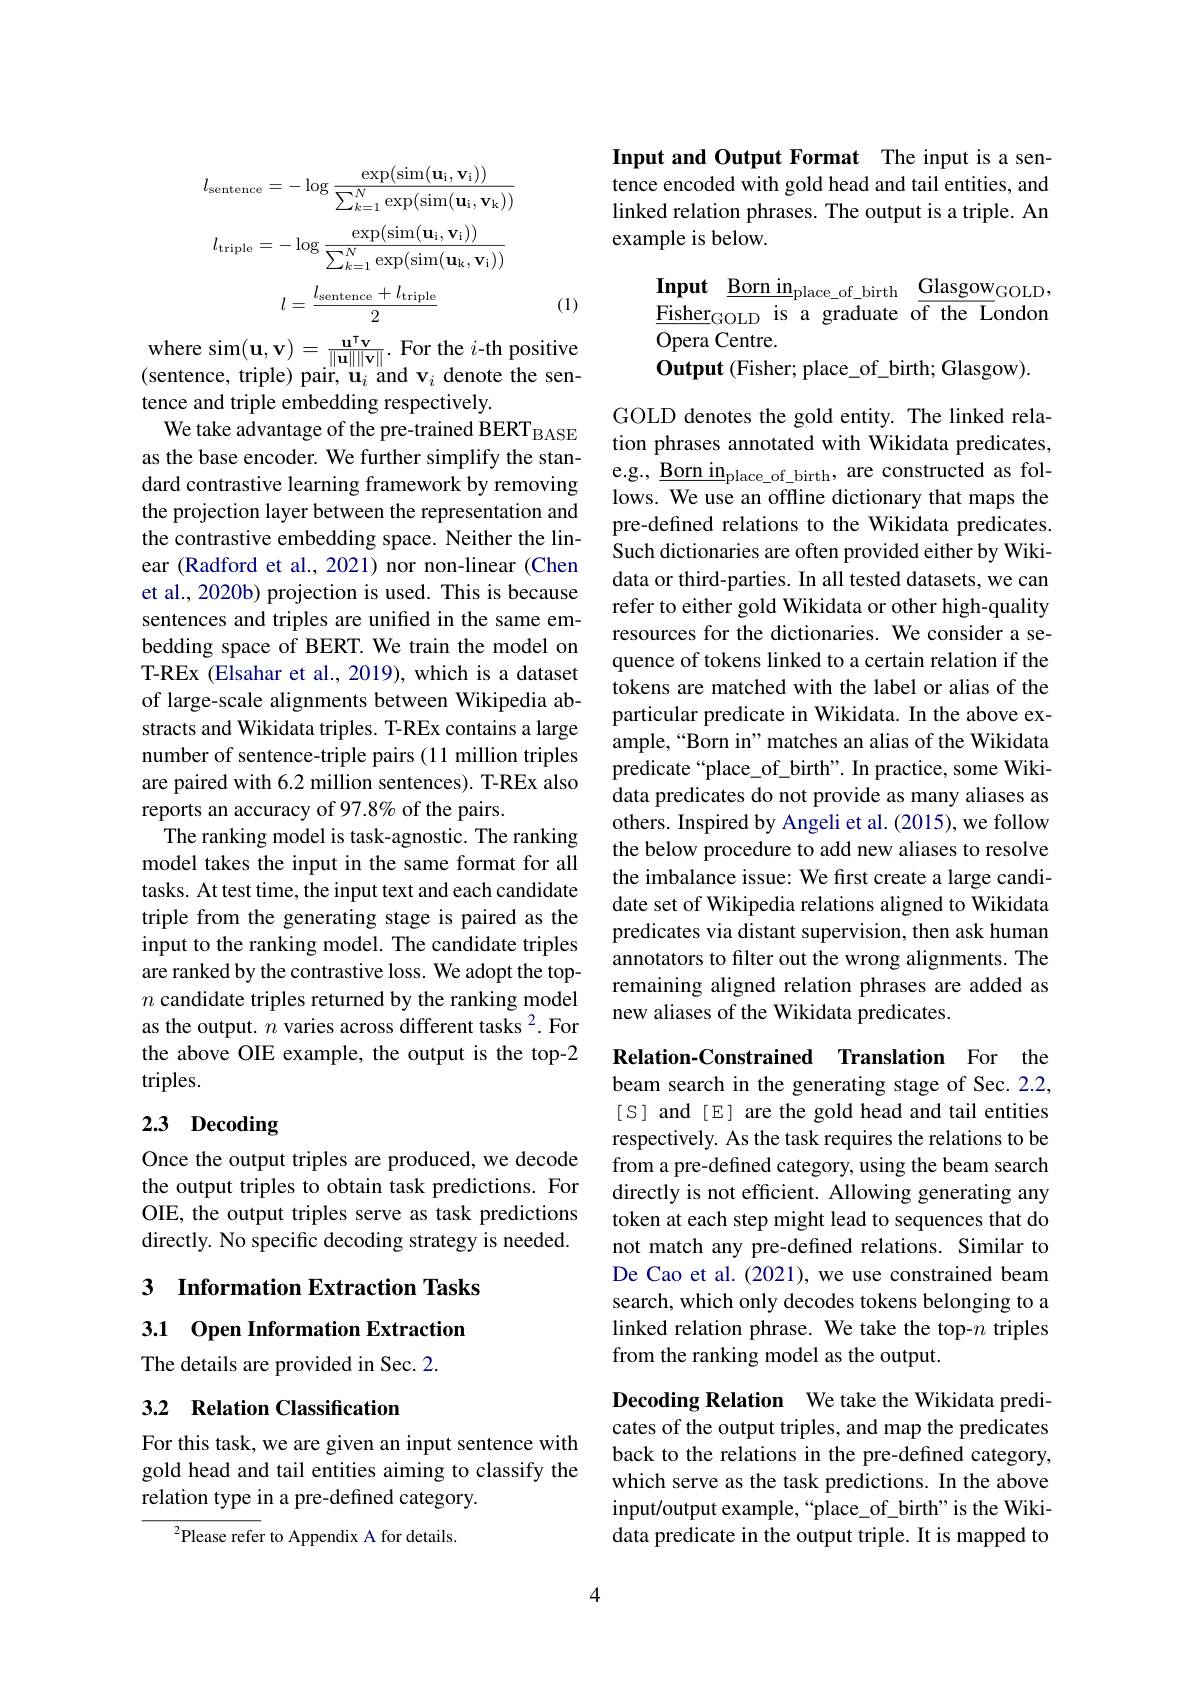
$$l_{\mathrm{sentence}}=-\log\frac{\exp(\sin(\mathbf{u_i},\mathbf{v_i}))}{\sum_{k=1}^{N}\exp(\sin(\mathbf{u_i},\mathbf{v_k}))}$$
$$l_{\mathrm{triple}}=-\log\frac{\exp(\sin(\mathbf{u_i},\mathbf{v_i}))}{\sum_{k=1}^N\exp(\sin(\mathbf{u_k},\mathbf{v_i}))}$$
$$l=\frac{l_\text{sentence}+l_\text{triple}}{2}$$
(1)

where sim$( \mathbf{u} , \mathbf{v} ) = \frac {\mathbf{u} ^{\mathrm{T} }\mathbf{v} }{\| \mathbf{u} \| \| \mathbf{v} \| }.$ For the $i$-th positive (sentence, triple) pair, $\mathbf{u}_i$ and $\mathbf{v}_i$ denote the sentence and triple embedding respectively.
We take advantage of the pre-trained BERT$_\mathrm{BASE}$ as the base encoder. We further simplify the standard contrastive learning framework by removing the projection layer between the representation and the contrastive embedding space. Neither the linear (Radford et al., 2021) nor non-linear (Chen et al., 2020b) projection is used. This is because sentences and triples are unified in the same embedding space of BERT. We train the model on T-REx (Elsahar et al., 2019), which is a dataset of large-scale alignments between Wikipedia abstracts and Wikidata triples. T-REx contains a large number of sentence-triple pairs (11 million triples are paired with 6.2 million sentences). T-REx also reports an accuracy of 97.8% of the pairs.
The ranking model is task-agnostic. The ranking model takes the input in the same format for all tasks. At test time, the input text and each candidate triple from the generating stage is paired as the input to the ranking model. The candidate triples are ranked by the contrastive loss. We adopt the top- $n$ candidate triples returned by the ranking model as the output. $n$ varies across different tasks $^2.$ For the above OIE example, the output is the top-2 triples.
2.3 Decoding

Once the output triples are produced, we decode the output triples to obtain task predictions. For OIE, the output triples serve as task predictions directly. No specific decoding strategy is needed.

3 Information Extraction Tasks 3.1 Open Information Extraction The details are provided in Sec. 2.

## 3.2 Relation Classification

For this task, we are given an input sentence with gold head and tail entities aiming to classify the relation type in a pre-defined category.

${}^{2}$Please refer to Appendix A for details.

4

Input and Output Format The input is a sentence encoded with gold head and tail entities, and linked relation phrases. The output is a triple. An example is below.

Input $\underline{\text{Bornin}}_{\mathrm{place\_of\_birth}}\underline{\text{Glasgow}}_{\mathrm{GOLD}}$, $\hat{\mathrm{Fisher}}_{\mathrm{GOLD}}$is a graduate o$\overline\mathrm{f~the~L}$ondon Opera Centre.
Output ( Fisher; place$\_$of$\_$birth; Glasgow) .

GOLD denotes the gold entity. The linked relation phrases annotated with Wikidata predicates, e.g., $\underline{\text{Bornin}}_{\mathrm{place\_of\_birth}}$, are constructed as follows. We use an offline dictionary that maps the pre-defined relations to the Wikidata predicates. Such dictionaries are often provided either by Wikidata or third-parties. In all tested datasets, we can refer to either gold Wikidata or other high-quality resources for the dictionaries. We consider a sequence of tokens linked to a certain relation if the tokens are matched with the label or alias of the particular predicate in Wikidata. In the above example,“Born in” matches an alias of the Wikidata predicate “place\_of\_birth”. In practice, some Wikidata predicates do not provide as many aliases as others. Inspired by Angeli et al. (2015), we follow the below procedure to add new aliases to resolve the imbalance issue: We first create a large candidate set of Wikipedia relations aligned to Wikidata predicates via distant supervision, then ask human annotators to filter out the wrong alignments. The remaining aligned relation phrases are added as new aliases of the Wikidata predicates.

Relation-Constrained Translation For the beam search in the generating stage of Sec.2.2,

[S] and [E] are the gold head and tail entities respectively. As the task requires the relations to be from a pre-defined category, using the beam search directly is not efficient. Allowing generating any token at each step might lead to sequences that do not match any pre-defined relations. Similar to De Cao et al. (2021), we use constrained beam search, which only decodes tokens belonging to a linked relation phrase. We take the top-$n$ triples from the ranking model as the output.

Decoding Relation We take the Wikidata predicates of the output triples, and map the predicates back to the relations in the pre-defined category, which serve as the task predictions. In the above input/output example, “place\_of\_birth" is the Wikidata predicate in the output triple. It is mapped to